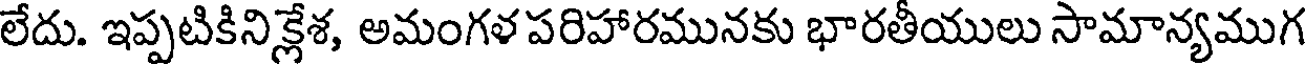
లేదు. ఇప్పటికినిక్లేశ, అమంగళ పరిహారమునకు భారతీయులు సామాన్యముగ